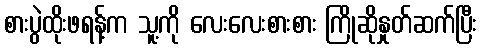
စားပွဲထိုးဖရန့်က သူ့ကို လေးလေးစားစား ကြိုဆိုနှုတ်ဆက်ပြီး